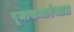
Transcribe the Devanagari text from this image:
पूजासमारंभात